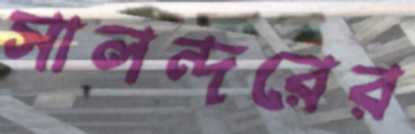
সালন্দরের